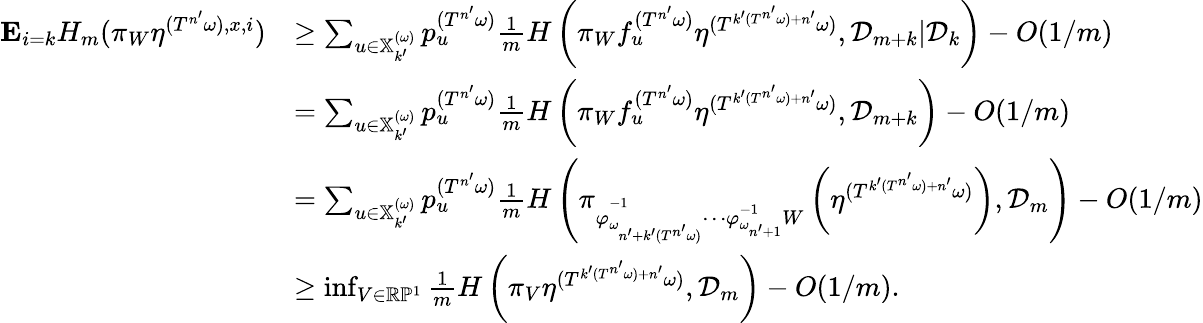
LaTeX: \begin{array}{rl}{\mathbf E_{i=k}H_{m}(\pi_{W}\eta^{(T^{n^{\prime}}\omega),x,i})}&{\geq\sum_{u\in\mathbb{X}_{k^{\prime}}^{(\omega)}}p_{u}^{(T^{n^{\prime}}\omega)}\frac{1}{m}H\left(\pi_{W}f_{u}^{(T^{n^{\prime}}\omega)}\eta^{(T^{k^{\prime}(T^{n^{\prime}}\omega)+n^{\prime}}\omega)},{\mathcal D}_{m+k}|{\mathcal D}_{k}\right)-O(1/m)}\\ &{=\sum_{u\in\mathbb{X}_{k^{\prime}}^{(\omega)}}p_{u}^{(T^{n^{\prime}}\omega)}\frac{1}{m}H\left(\pi_{W}f_{u}^{(T^{n^{\prime}}\omega)}\eta^{(T^{k^{\prime}(T^{n^{\prime}}\omega)+n^{\prime}}\omega)},{\mathcal D}_{m+k}\right)-O(1/m)}\\ &{=\sum_{u\in\mathbb{X}_{k^{\prime}}^{(\omega)}}p_{u}^{(T^{n^{\prime}}\omega)}\frac{1}{m}H\left(\pi_{\varphi_{\omega_{n^{\prime}+k^{\prime}(T^{n^{\prime}}\omega)}}^{-1}\cdots\varphi_{\omega_{n^{\prime}+1}}^{-1}W}\left(\eta^{(T^{k^{\prime}(T^{n^{\prime}}\omega)+n^{\prime}}\omega)}\right),{\mathcal D}_{m}\right)-O(1/m)}\\ &{\geq\operatorname*{inf}_{V\in\mathbb R\mathbb P^{1}}\frac{1}{m}H\left(\pi_{V}\eta^{(T^{k^{\prime}(T^{n^{\prime}}\omega)+n^{\prime}}\omega)},{\mathcal D}_{m}\right)-O(1/m).}\end{array}